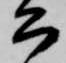
公